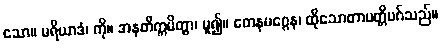
သော။ မရိယာဒံ၊ ကို။ အနတိက္ကမိတွာ၊ မူ၍။ တေနမဂ္ဂေန၊ ထိုသောတာပတ္တိမဂ်သည်။